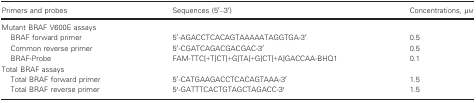
<table><thead><tr><td><b>Primers and probes</b></td><td><b>Sequences (5′–3′)</b></td><td><b>Concentrations, μm</b></td></tr></thead><tbody><tr><td colspan="3">Mutant BRAF V600E assays</td></tr><tr><td>BRAF forward primer</td><td>5′‐AGACCTCACAGTAAAAATAGGTGA‐3′</td><td>0.5</td></tr><tr><td>Common reverse primer</td><td>5′‐CGATCAGACGACGAC‐3′</td><td>0.5</td></tr><tr><td>BRAF‐Probe</td><td>FAM‐TTC[+T]CT[+G]TA[+G]CT[+A]GACCAA‐BHQ1</td><td>0.1</td></tr><tr><td colspan="3">Total BRAF assays</td></tr><tr><td>Total BRAF forward primer</td><td>5′‐CATGAAGACCTCACAGTAAA‐3′</td><td>1.5</td></tr><tr><td>Total BRAF reverse primer</td><td>5′‐GATTTCACTGTAGCTAGACC‐3′</td><td>1.5</td></tr></tbody></table>